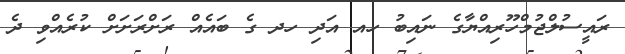
ރައީސުލްޖުމްހޫރިއްޔާގެ ނައިބު ހއ އަދި ހދ ގެ ބައެއް ރަށްރަށަށް ކުރެއްވި ދެ